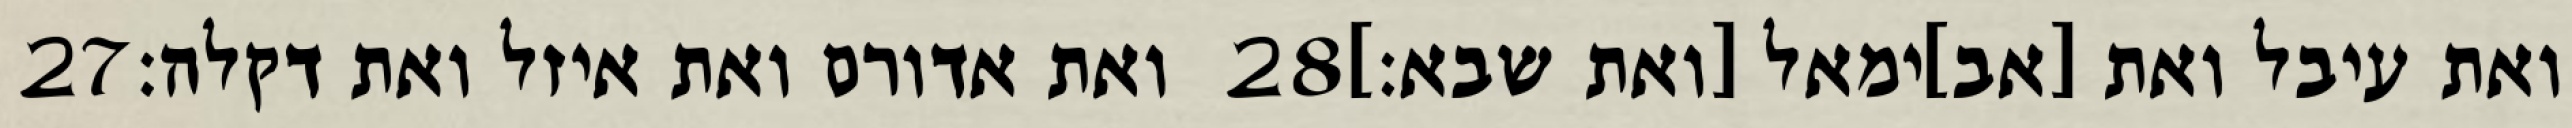
‎27‏ ואת אדורם ואת איזל ואת דקלה׃ ‎28‏ ואת עיבל ואת [אב]ימאל [ואת שבא׃]